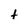
Character: t